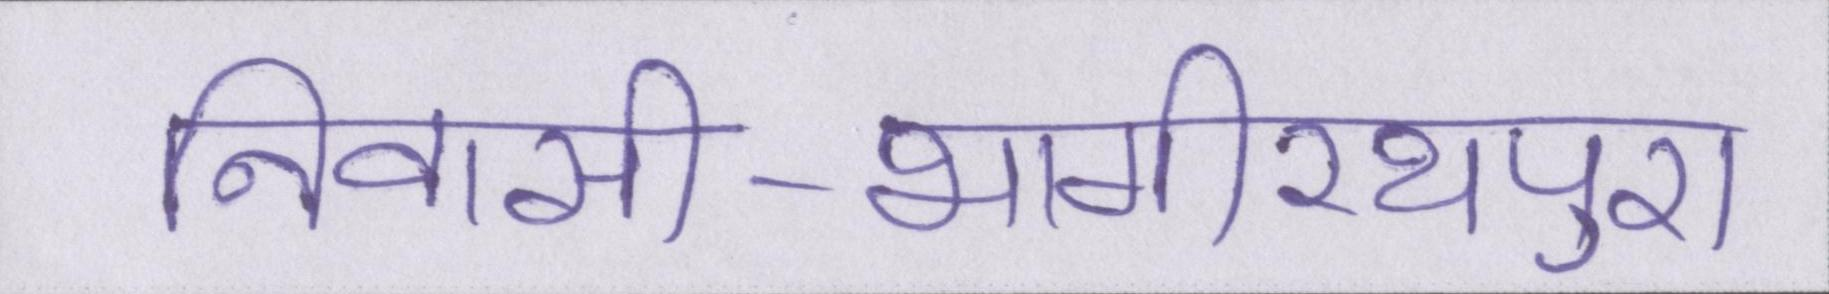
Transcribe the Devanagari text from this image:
निवासी-भागीरथपुरा